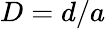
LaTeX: D=d/a